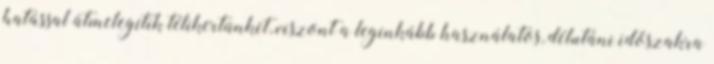
hatással átmelegítik télikertünket, viszont a leginkább használatos, délutáni időszakra